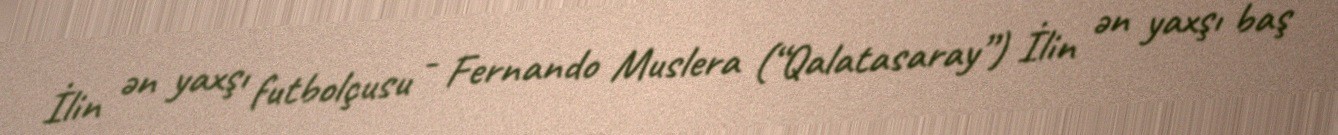
İlin ən yaxşı futbolçusu - Fernando Muslera (“Qalatasaray”) İlin ən yaxşı baş